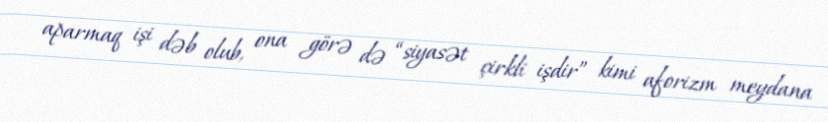
aparmaq işi dəb olub, ona görə də “siyasət çirkli işdir” kimi aforizm meydana